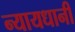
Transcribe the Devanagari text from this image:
न्यायधानी